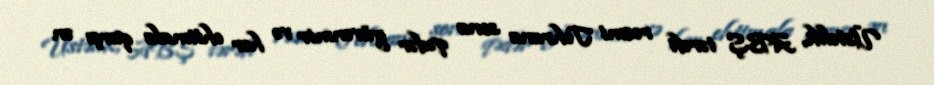
Üstəlik, ABŞ tərəfi rəsmi Tehrana sona qədər güvənmir və hər ehtimala qarşı ən